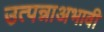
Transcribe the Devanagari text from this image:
उत्पन्नाअभावी